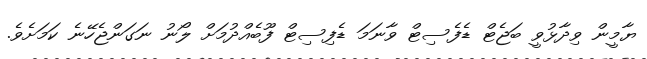
ޔާމީން ވިދާޅުވީ ބަޖެޓް ޑެފެސިޓް ވާނަމަ ޑެފިސިޓް ފޫބެއްދުމަށް ލޯނު ނަގަންޖެހޭނެ ކަމަށެވެ.